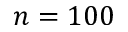
n = 1 0 0